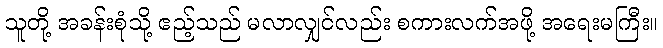
သူတို့ အခန်းစုံသို့ ဧည့်သည် မလာလျှင်လည်း စကားလက်အဖို့ အရေးမကြီး။